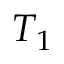
T _ { 1 }